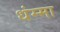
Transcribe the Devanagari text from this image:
धंम्मा